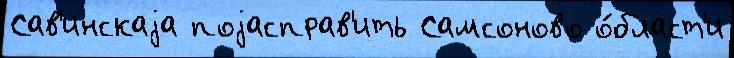
Сав'инскаjа поjасправ'ить Самсоново о́бласт'и